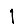
Digit: 1